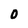
Character: O